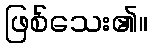
ဖြစ်သေး၏။